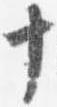
十